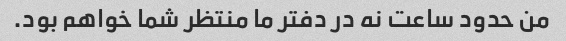
من حدود ساعت نه در دفتر ما منتظر شما خواهم بود.